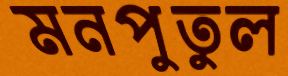
মনপুতুল